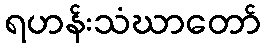
ရဟန်းသံဃာတော်